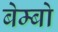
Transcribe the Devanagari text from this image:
बेम्बो